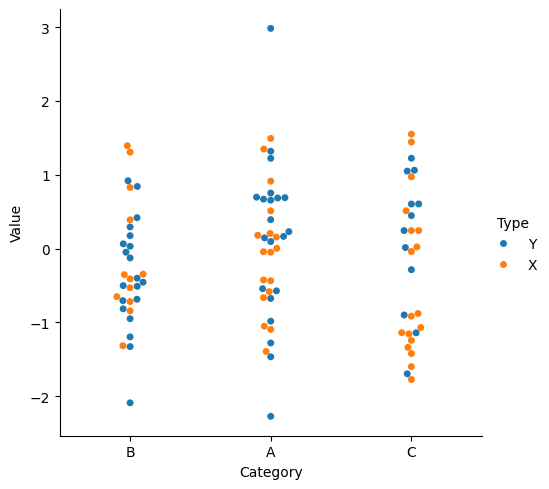
python, seaborn, catplot, kind='swarm', height=5, aspect=1